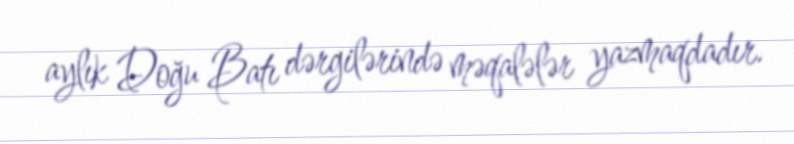
aylık Doğu Batı dərgilərində məqalələr yazmaqdadır.